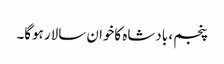
پنجم ، بادشاہ کاخوان سالار ہوگا۔